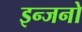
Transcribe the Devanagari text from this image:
इन्जनो